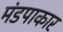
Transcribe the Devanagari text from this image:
मंडपाकार